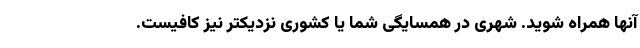
آنها همراه شوید. شهری در همسایگی شما یا کشوری نزدیکتر نیز کافیست.